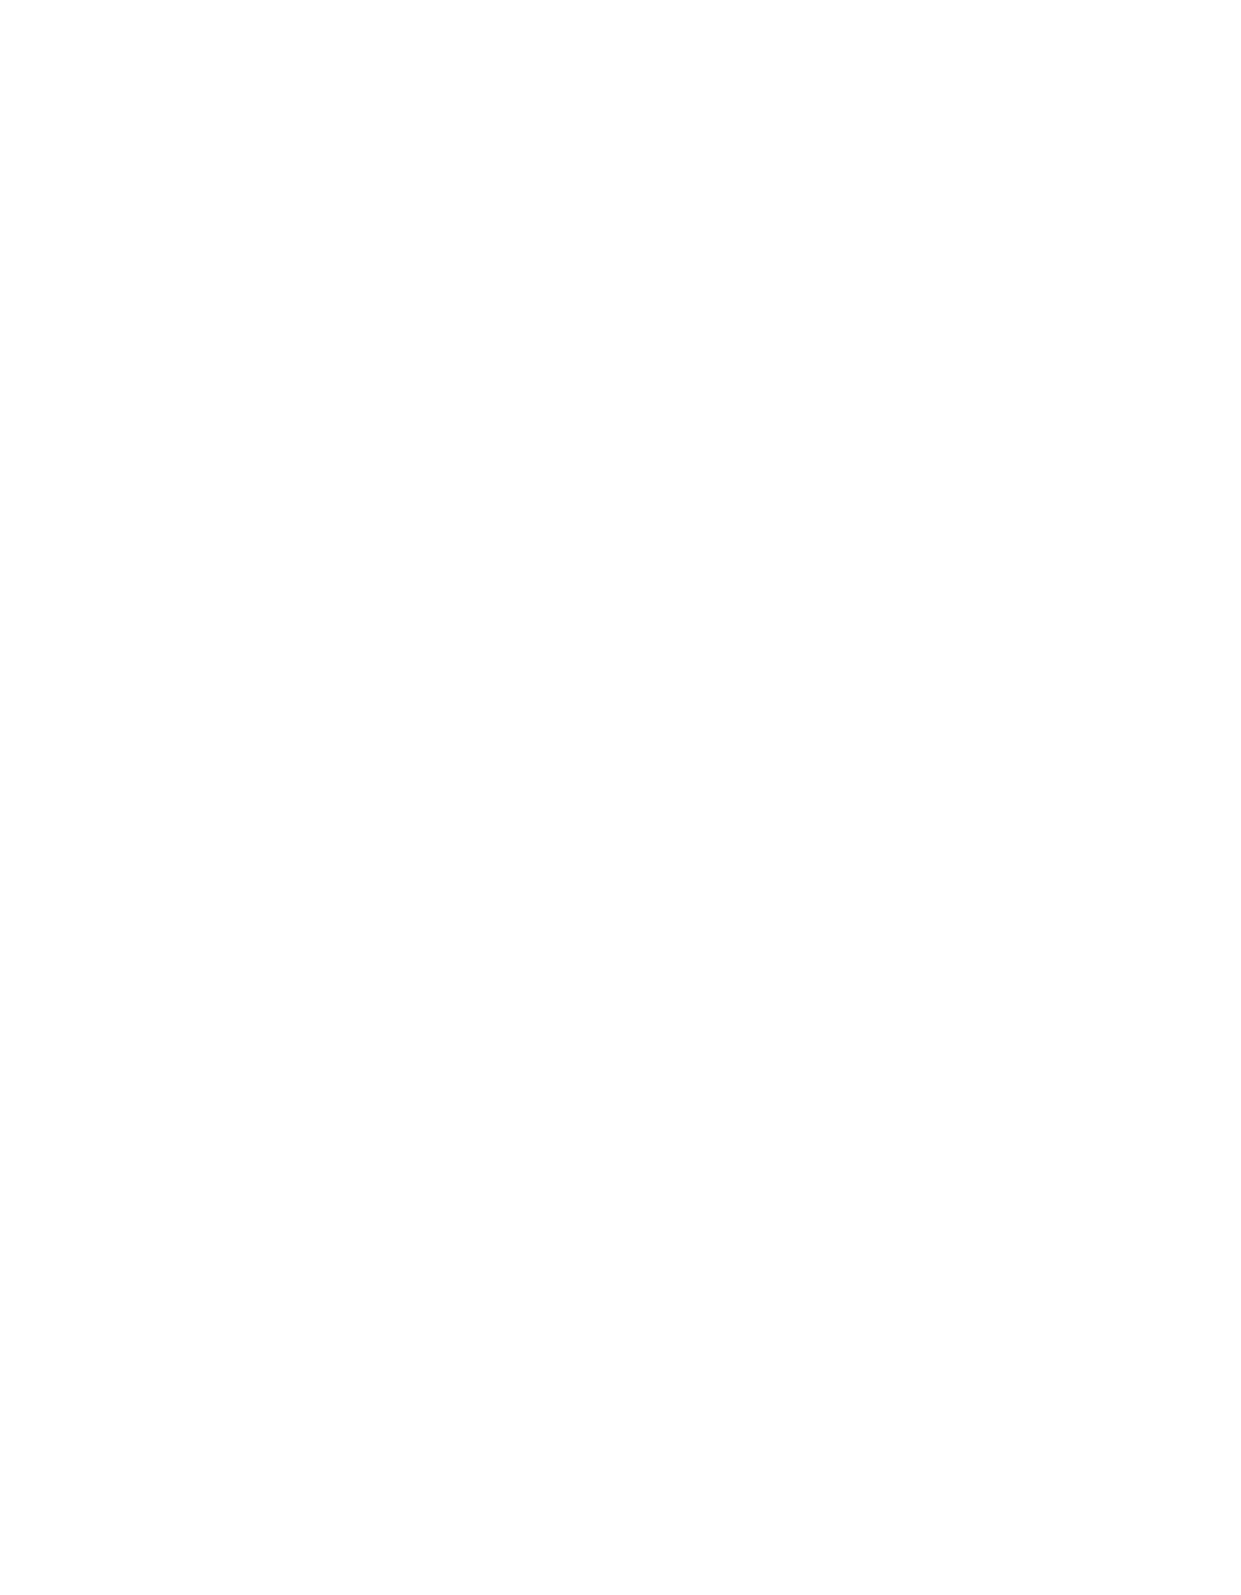
Annual Meeting Iuliu Hațieganu University of Medicine and Pharmacy 2021
 S42                           MEDICINE AND PHARMACY REPORTS 2021 VOL. 94 - Supplement No. 4